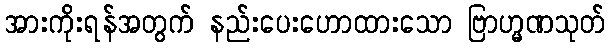
အားကိုးရန်အတွက် နည်းပေးဟောထားသော ဗြာဟ္မဏသုတ်